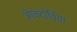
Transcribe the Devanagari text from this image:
ऑक्टोविया